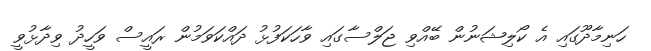
ހަނިމާދޫގައި އެ ކޯލިޝަނުން ބޭއްވި ޖަލްސާގައި ވާހަކަފުޅު ދައްކަވަމުން ރައީސް ވަހީދު ވިދާޅުވީ